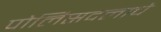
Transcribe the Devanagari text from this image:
पोलिसदलाचे